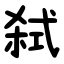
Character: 弑